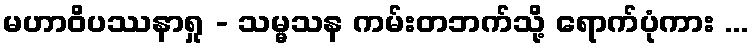
မဟာဝိပဿနာရှု - သမ္မသန ကမ်းတဘက်သို့ ရောက်ပုံကား ...